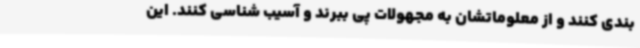
بندی کنند و از معلوماتشان به مجهولات پی ببرند و آسیب شناسی کنند. این